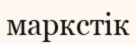
маркстік